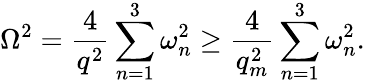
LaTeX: \Omega^{2}=\frac{4}{q^{2}}\sum_{n=1}^{3}\omega_{n}^{2}\ge\frac{4}{q_{m}^{2}}\sum_{n=1}^{3}\omega_{n}^{2}.